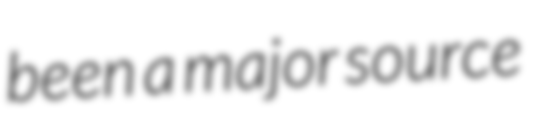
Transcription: been a major source